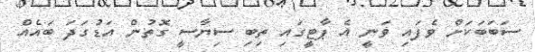
ސަބަބަކަށް ވެފައި ވަނީ އެ ޕާޓީގައި ތިބި ސިޔާސީ ގޮތުން އަޑުގަދަ ބައެއް